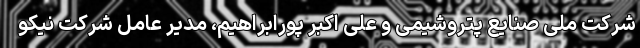
شرکت ملی صنایع پتروشیمی و علی اکبر پورابراهیم، مدیر عامل شرکت نیکو